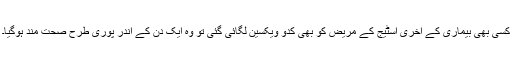
کسی بھی بیماری کے آخری اسٹیج کے مریض کو بھی کدّو ویکسین لگائی گئی تو وہ ایک دن کے اندر پوری طرح صحت مند ہوگیا۔